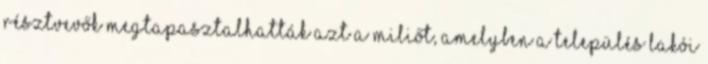
résztvevők megtapasztalhatták azt a miliőt, amelyben a település lakói